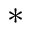
*